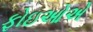
ફોઇઓએ